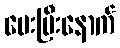
ပေးပြီးနောက်